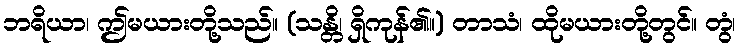
ဘရိယာ၊ ဤမယားတို့သည်။ (သန္တိ၊ ရှိကုန်၏။) တာသံ၊ ထိုမယားတို့တွင်။ တွံ၊